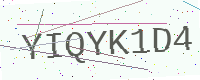
Text: YIQYK1D4